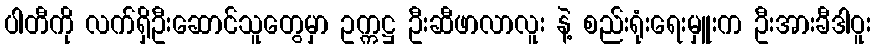
ပါတီကို လက်ရှိဦးဆောင်သူတွေမှာ ဥက္ကဋ္ဌ ဦးဆီဖာလာလူး နဲ့ စည်းရုံးရေးမှူးက ဦးအားခီဒါဝူး